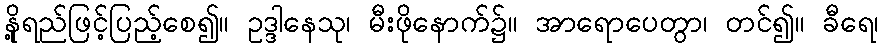
နို့ရည်ဖြင့်ပြည့်စေ၍။ ဥဒ္ဒါနေသု၊ မီးဖိုနောက်၌။ အာရောပေတွာ၊ တင်၍။ ခီရေ၊